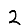
Digit: 2